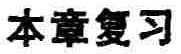
本章复习